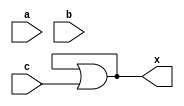
`timescale 1ns/1ps

module nonblocking_assignment(
	input a,b,c,
	output reg x
);

	always@(a,b,c)
	begin
		x <= a;		// this line is compiled, x = a
		x <= x ^ b;	// this line overrides the first line so, x = x ^ b. x is the original value at the start of always block
		x <= x | c;	// this line overrides the second line so, x = x | c. x is the original value at the start of always block
	end
endmodule

// At the end of always block, the logic circuit is synthesized as x = x | c which is a feedback. A feedback shouldn't exist in a combinational circuit.
// So nonblocking assignments shouldn't be used in combinational circuits.